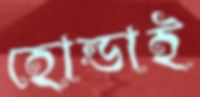
হোন্ডাই